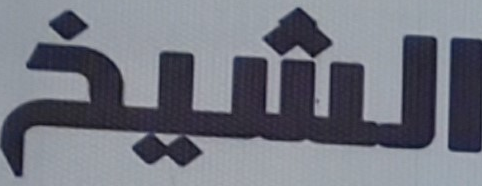
الشيخ